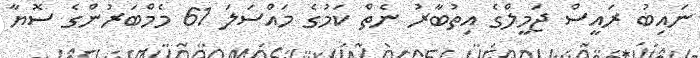
ނައިބު ރައީސް ޖަމީލްގެ އިތުބާރު ނެތް ކަމުގެ މައްސަލަ 61 މެމްބަރުންގެ ސޮޔާ